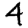
Digit: 4